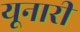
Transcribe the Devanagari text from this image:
यूनारी